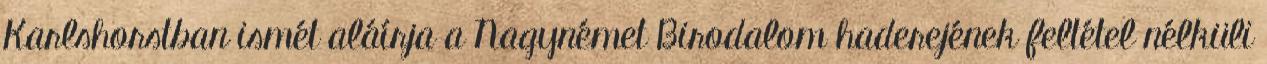
Karlshorstban ismét aláírja a Nagynémet Birodalom haderejének feltétel nélküli